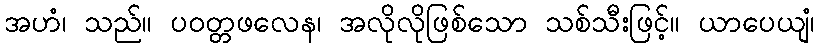
အဟံ၊ သည်။ ပဝတ္တဖလေန၊ အလိုလိုဖြစ်သော သစ်သီးဖြင့်။ ယာပေယျံ၊